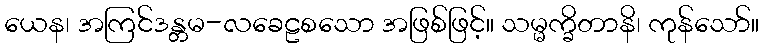
ယေန၊ အကြင်ဒန္တမ-လခေဠစသော အဖြစ်ဖြင့်။ သမ္မက္ခိတာနိ၊ ကုန်သော်။